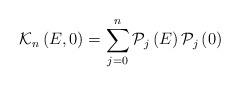
LaTeX: \begin{align*}\mathcal{K}_{n}\left( E,0\right) =\sum\limits_{j=0}^{n}\mathcal{P}_{j}\left(E\right) \mathcal{P}_{j}\left( 0\right) \end{align*}